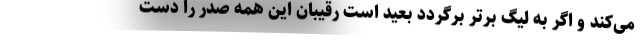
می‌کند و اگر به لیگ برتر برگردد بعید است رقیبان این همه صدر را دست